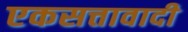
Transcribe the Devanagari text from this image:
एकसत्तावादी